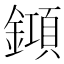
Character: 𨬰